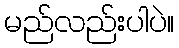
မည်လည်းပါပဲ။